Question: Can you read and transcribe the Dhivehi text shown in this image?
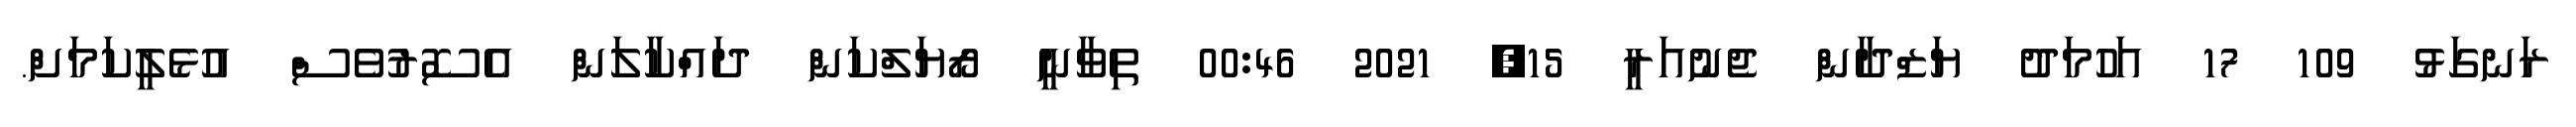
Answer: ރަނގަޅު 109 17 އަހުމަދު ޔަޒްދާން ޖެނުއަރީ 15, 2021 00:46 ތިވާނީ ރޯޔަލްކަން ދައްކާލަން އެސޮރުވެސް އުޅެލީކަމަށް.